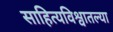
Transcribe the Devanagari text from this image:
साहित्यविश्वातल्या